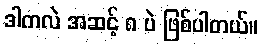
ဒါကလဲ အဆင့် ၈ ပဲ ဖြစ်ပါတယ်။